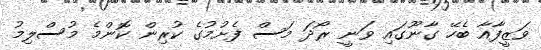
ވަޒީފާއާ ބެހޭ ގާނޫގައި ވަނީ ރޯދަ މަސް ފެށުމުގެ ކުރިން ކޮންމެ މުސްލިމު